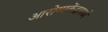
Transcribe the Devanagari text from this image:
आरोग्यकेंद्रामध्ये